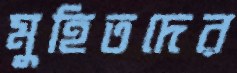
মুহিতদের